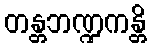
တန္တဘဏ္ဍကန္တိ